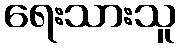
ရေးသားသူ